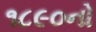
૧૮૯૦નો